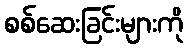
စစ်ဆေးခြင်းများကို